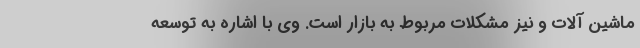
ماشین آلات و نیز مشکلات مربوط به بازار است. وی با اشاره به توسعه